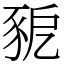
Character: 豟